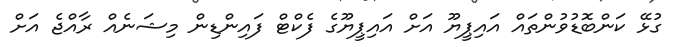
ގުޅޭ ކަންބޮޑުވުންތައް އައިޕީޔޫ އަށް އައިޕީޔޫގެ ފެކްޓް ފައިންޑިން މިޝަނެއް ރާއްޖެ އަށް